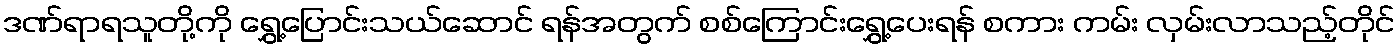
ဒဏ်ရာရသူတို့ကို ရွှေ့ပြောင်းသယ်ဆောင် ရန်အတွက် စစ်ကြောင်းရွှေ့ပေးရန် စကား ကမ်း လှမ်းလာသည့်တိုင်